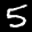
Label: 5